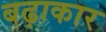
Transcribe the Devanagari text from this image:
बढ़ाकार